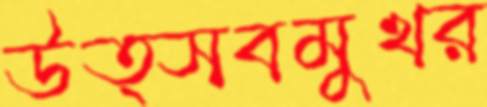
উত্সবমুখর